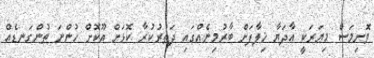
ވޮށިމަސް މިޔަރަކީ އާދަޔާ ޚިލާފަށް ބާރުމިނެއްގައި ދަތުރުކުރާ ކޮޅަށް އޫކޮށް ހުންނަ ތުންގަނޑެއް